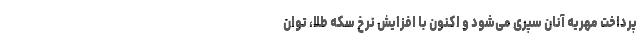
پرداخت مهریه آنان سپری می‌شود و اکنون با افزایش نرخ سکه طلا، توان